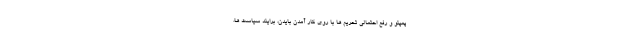
پمپئو و رفع احتمالي تحريم ها با روي كار آمدن بايدن، برايند سياست ها،